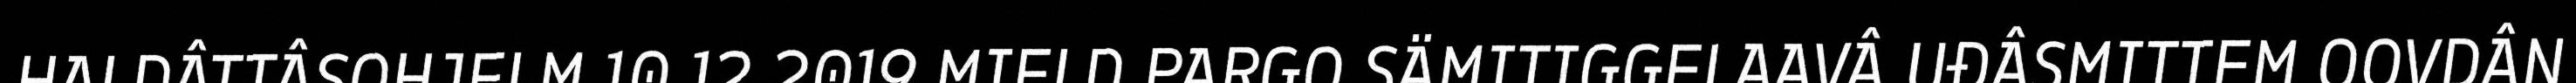
HALDÂTTÂSOHJELM 10.12.2019 MIELD PARGO SÄMITIGGELAAVÂ UĐÂSMITTEM OOVDÂN